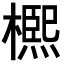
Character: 𣜠